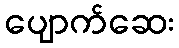
ပျောက်ဆေး